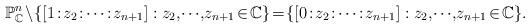
LaTeX: \begin{align*}\mathbb{P}_{\mathbb{C}}^n\!\setminus\!\{[1\!:\! z_2\!:\!\cdots\!:\! z_{n+1}]: z_2,\!\cdots\!,\!z_{n+1}\!\in\!\mathbb{C}\}\!=\!\{[0\!:\! z_2\!:\!\cdots\!:\! z_{n+1}]: z_2,\!\cdots\!,\! z_{n+1}\!\in\!\mathbb{C}\}.\end{align*}